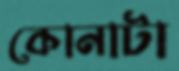
কোনাটা